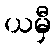
ယမှီ